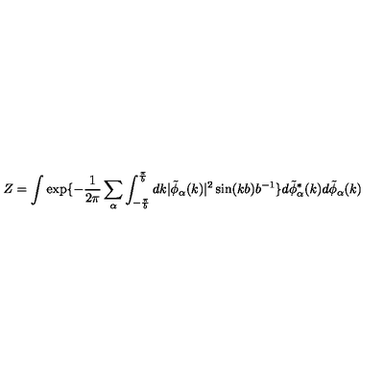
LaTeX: Z = \int \exp \{ - \frac { 1 } { 2 \pi } \sum _ { \alpha } \int _ { - \frac { \pi } { b } } ^ { \frac { \pi } { b } } d k | \tilde { \phi } _ { \alpha } ( k ) | ^ { 2 } \sin ( k b ) b ^ { - 1 } \} d \tilde { \phi } _ { \alpha } ^ { * } ( k ) d \tilde { \phi } _ { \alpha } ( k )